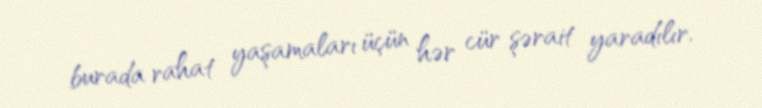
burada rahat yaşamaları üçün hər cür şərait yaradılır.